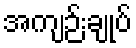
အကျဉ်းချုပ်